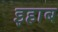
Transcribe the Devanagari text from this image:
इहाब